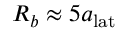
R _ { b } \approx 5 a _ { \mathrm { l a t } }